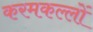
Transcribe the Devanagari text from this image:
करमकल्लों